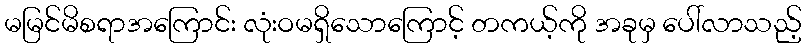
မမြင်မိစရာအကြောင်း လုံးဝမရှိသောကြောင့် တကယ့်ကို အခုမှ ပေါ်လာသည့်